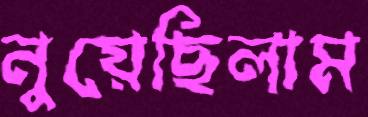
নুয়েছিলাম